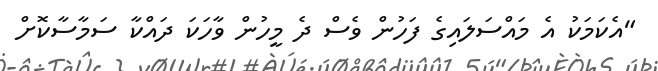
"އެކަމަކު އެ މައްސަލައިގެ ފަހުން ވެސް ދެ މީހުން ވާހަކަ ދައްކާ ސަމާސާކޮށް